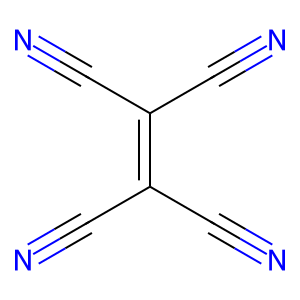
SMILES: N#CC(C#N)=C(C#N)C#N
Inhibits HIV replication: No